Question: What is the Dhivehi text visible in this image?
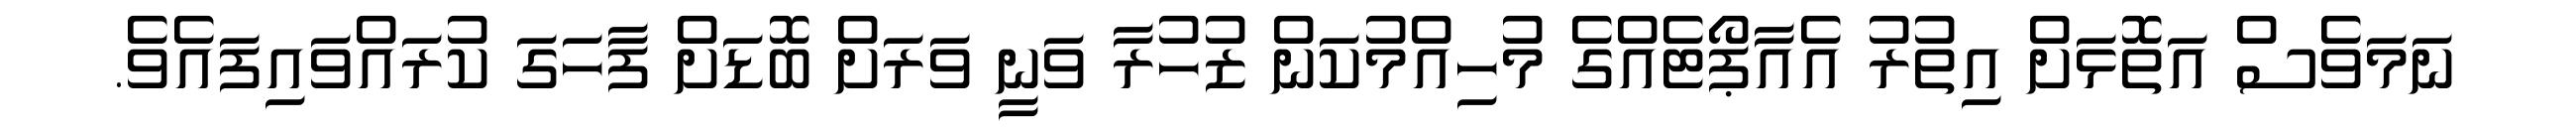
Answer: ނަމަވެސް އަތޮޅަށް އިތުރު އެއާޕޯޓެއްގެ މުހިއްމުކަން ޒުހުރާ ވަނީ ވަރަށް ބޮޑަށް ފާހަގަ ކުރައްވައިފައެވެ.